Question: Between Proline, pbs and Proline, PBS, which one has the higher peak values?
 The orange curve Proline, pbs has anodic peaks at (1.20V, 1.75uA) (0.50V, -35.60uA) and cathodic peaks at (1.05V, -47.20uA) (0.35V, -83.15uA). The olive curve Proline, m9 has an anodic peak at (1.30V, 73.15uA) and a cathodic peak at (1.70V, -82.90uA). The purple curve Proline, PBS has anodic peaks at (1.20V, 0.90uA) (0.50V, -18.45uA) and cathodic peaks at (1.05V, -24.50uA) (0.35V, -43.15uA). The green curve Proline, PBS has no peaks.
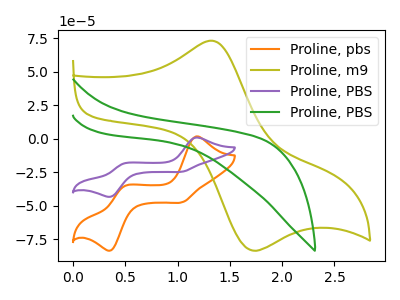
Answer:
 <answer>The peaks in "Proline, pbs" are neither all higher or all lower than the peaks in "Proline, PBS".</answer>
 <eval>mixed</eval>